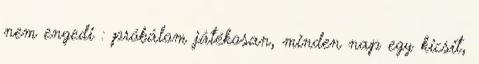
nem engedi : próbálom játékosan, minden nap egy kicsit,